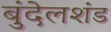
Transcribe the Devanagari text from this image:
बुंदेलशंड